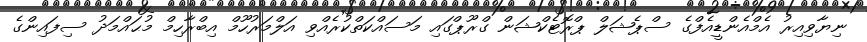
ނިޔާވިއިރު އެމްއެންޑީއެފްގެ ސްޕެޝަލް ޕްރޮޓެކްޝަން ގްރޫޕްގައި މަސައްކަތްކުރެއްވި އަލްމަރުހޫމް އިބްރާހިމް މުޙައްމަދު ސިފައިންގެ